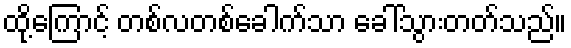
ထို့ကြောင့် တစ်လတစ်ခေါက်သာ ခေါ်သွားတတ်သည်။